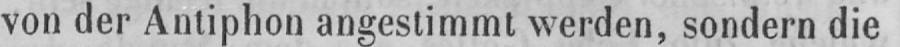
von der Antiphon angestimmt werden, sondern die